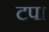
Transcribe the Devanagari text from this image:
टपा